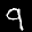
Label: 9